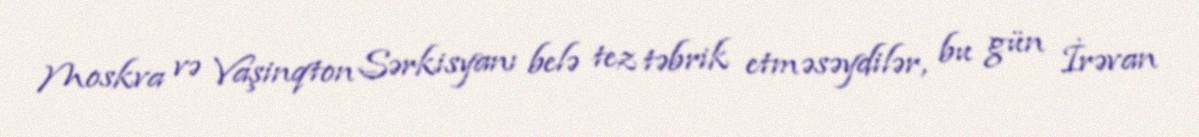
Moskva və Vaşinqton Sərkisyanı belə tez təbrik etməsəydilər, bu gün İrəvan